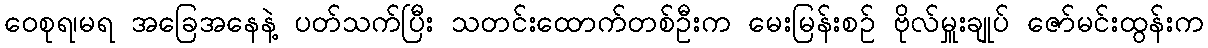
ဝေစုရ၊မရ အခြေအနေနဲ့ ပတ်သက်ပြီး သတင်းထောက်တစ်ဦးက မေးမြန်းစဉ် ဗိုလ်မှူးချုပ် ဇော်မင်းထွန်းက